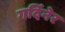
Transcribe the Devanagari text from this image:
गर्दिनेर